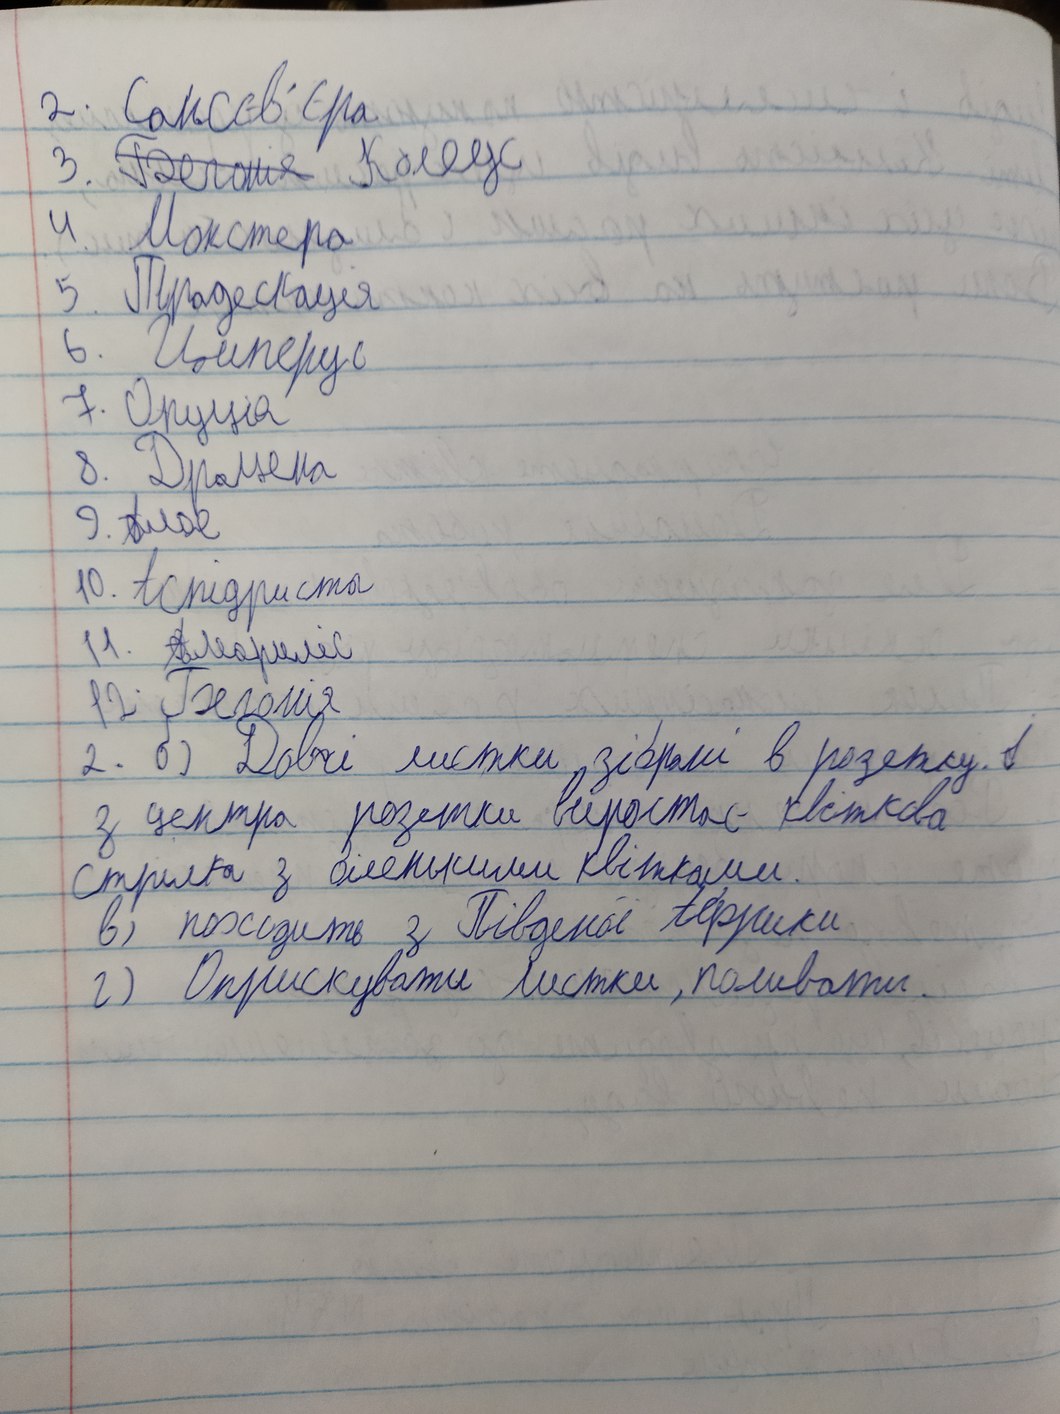
2. Сансєв'єра
3. ~~Бегонія~~ Колеус
4. Монстера
5. Традескація
6. Циперус
7. Оруція
8. Драцена
9. Алое
10. Аспідриста
11. Амариліс
12. Бегонія
2. б) Довгі листки, зібрані в розетку. в
з центра розетки виростає квіткова
стрілка з біленькими квітками.
в) походить з Південої Африки
г) Оприскувати листки, поливати.